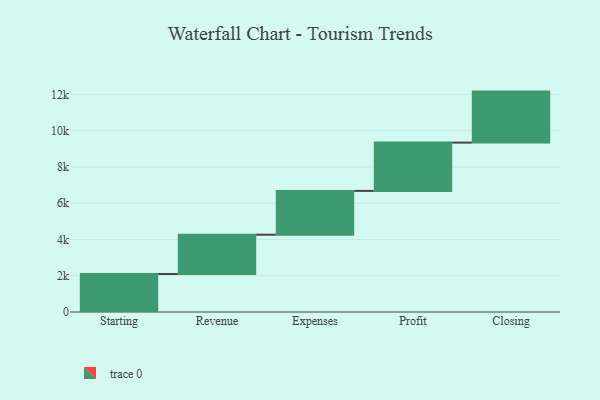
{"axis": {"x": "Step", "y": "Value"}, "legend": [""], "data": [{"x": "Starting", "y": 2095.0, "type": ""}, {"x": "Revenue", "y": 2169.0, "type": ""}, {"x": "Expenses", "y": 2416.0, "type": ""}, {"x": "Profit", "y": 2664.0, "type": ""}, {"x": "Closing", "y": 2813.0, "type": ""}]}